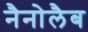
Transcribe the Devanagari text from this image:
नैनोलैब